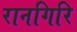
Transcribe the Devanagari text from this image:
रानगिरि